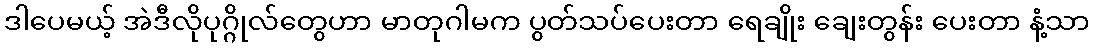
ဒါပေမယ့် အဲဒီလိုပုဂ္ဂိုလ်တွေဟာ မာတုဂါမက ပွတ်သပ်ပေးတာ ရေချိုး ချေးတွန်း ပေးတာ နံ့သာ